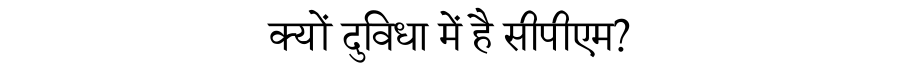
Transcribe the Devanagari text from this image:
क्यों दुविधा में है सीपीएम?